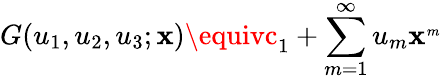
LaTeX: G(u_{1},u_{2},u_{3};\mathbf{x})\equivc_{1}+\sum_{m=1}^{\infty}u_{m}\mathbf{x}^{_{m}}